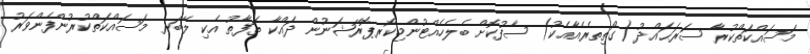
މަސައްކަތްކުރާ ސަރަޙައްދު (ގޯތިތެރެއާއެކު) ސާފުކޮށް ބެލެހެއްޓުންމިކޯރޕޮރޭޝަނުން ދައްކާ ތަފާތު އެކި ލޭބަރ މަސައްކަތްކުރުންފެންވަރު